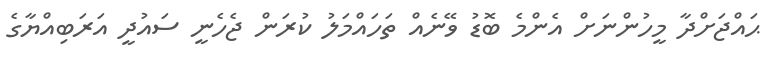
ޙައްޖަށްދާ މީހުންނަށް އެންމެ ބޮޑު ވޭނެއް ތަހަައްމަލު ކުރަން ޖެހެނީ ސައުދީ އަރަބިއްޔާގެ